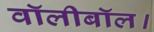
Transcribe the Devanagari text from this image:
वॉलीबॉल।